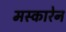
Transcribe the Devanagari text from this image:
मस्कारेन